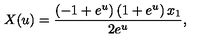
X ( u ) = { \frac { \left( - 1 + { e ^ { u } } \right) \left( 1 + { e ^ { u } } \right) { x _ { 1 } } } { 2 { e ^ { u } } } } ,